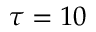
\tau = 1 0